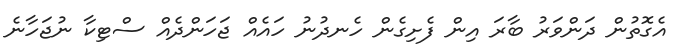
އެގޮތުން ދަންވަރު ބާރަ އިން ފެށިގެން ހެނދުނު ހައެއް ޖަހަންދެއް ސްޓިކާ ނުޖަހާނެ